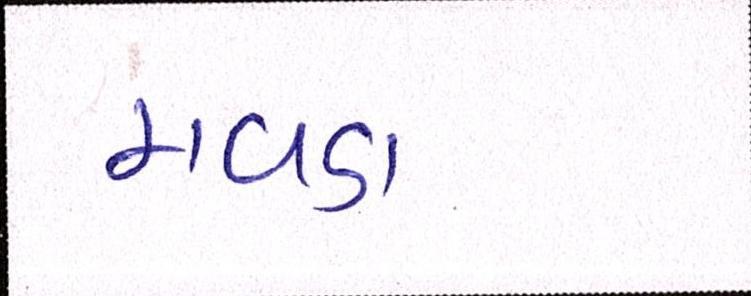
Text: મવડા